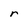
Character: r